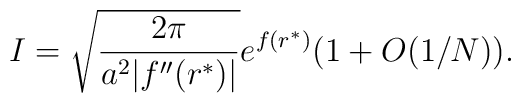
I = \sqrt{\frac{2\pi}{a^2|f''(r^{*})|}} e^{f(r^{*})} (1 + O(1/N)).